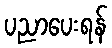
ပညာပေးရန်